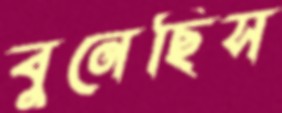
বুনেছিস